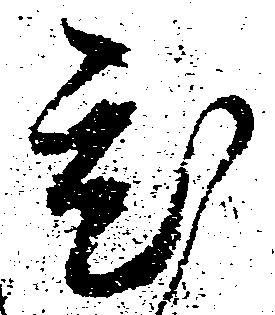
ひ